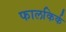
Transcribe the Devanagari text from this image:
फालकिर्क